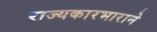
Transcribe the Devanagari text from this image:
राज्यकारभाराने